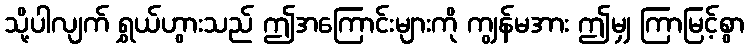
သို့ပါလျက် ရွှယ်ဟွားသည် ဤအကြောင်းများကို ကျွန်မအား ဤမျှ ကြာမြင့်စွာ